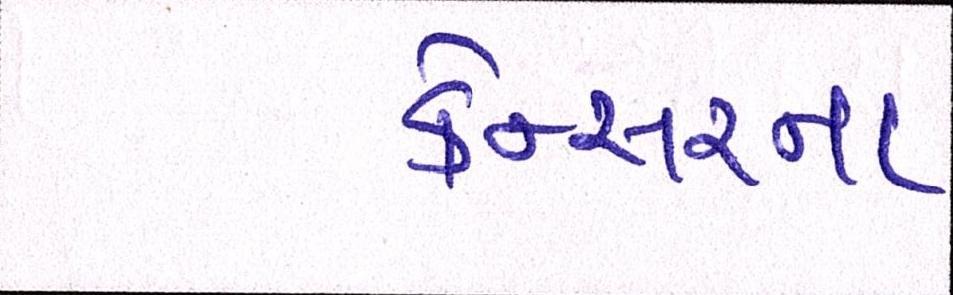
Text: કેન્સરના